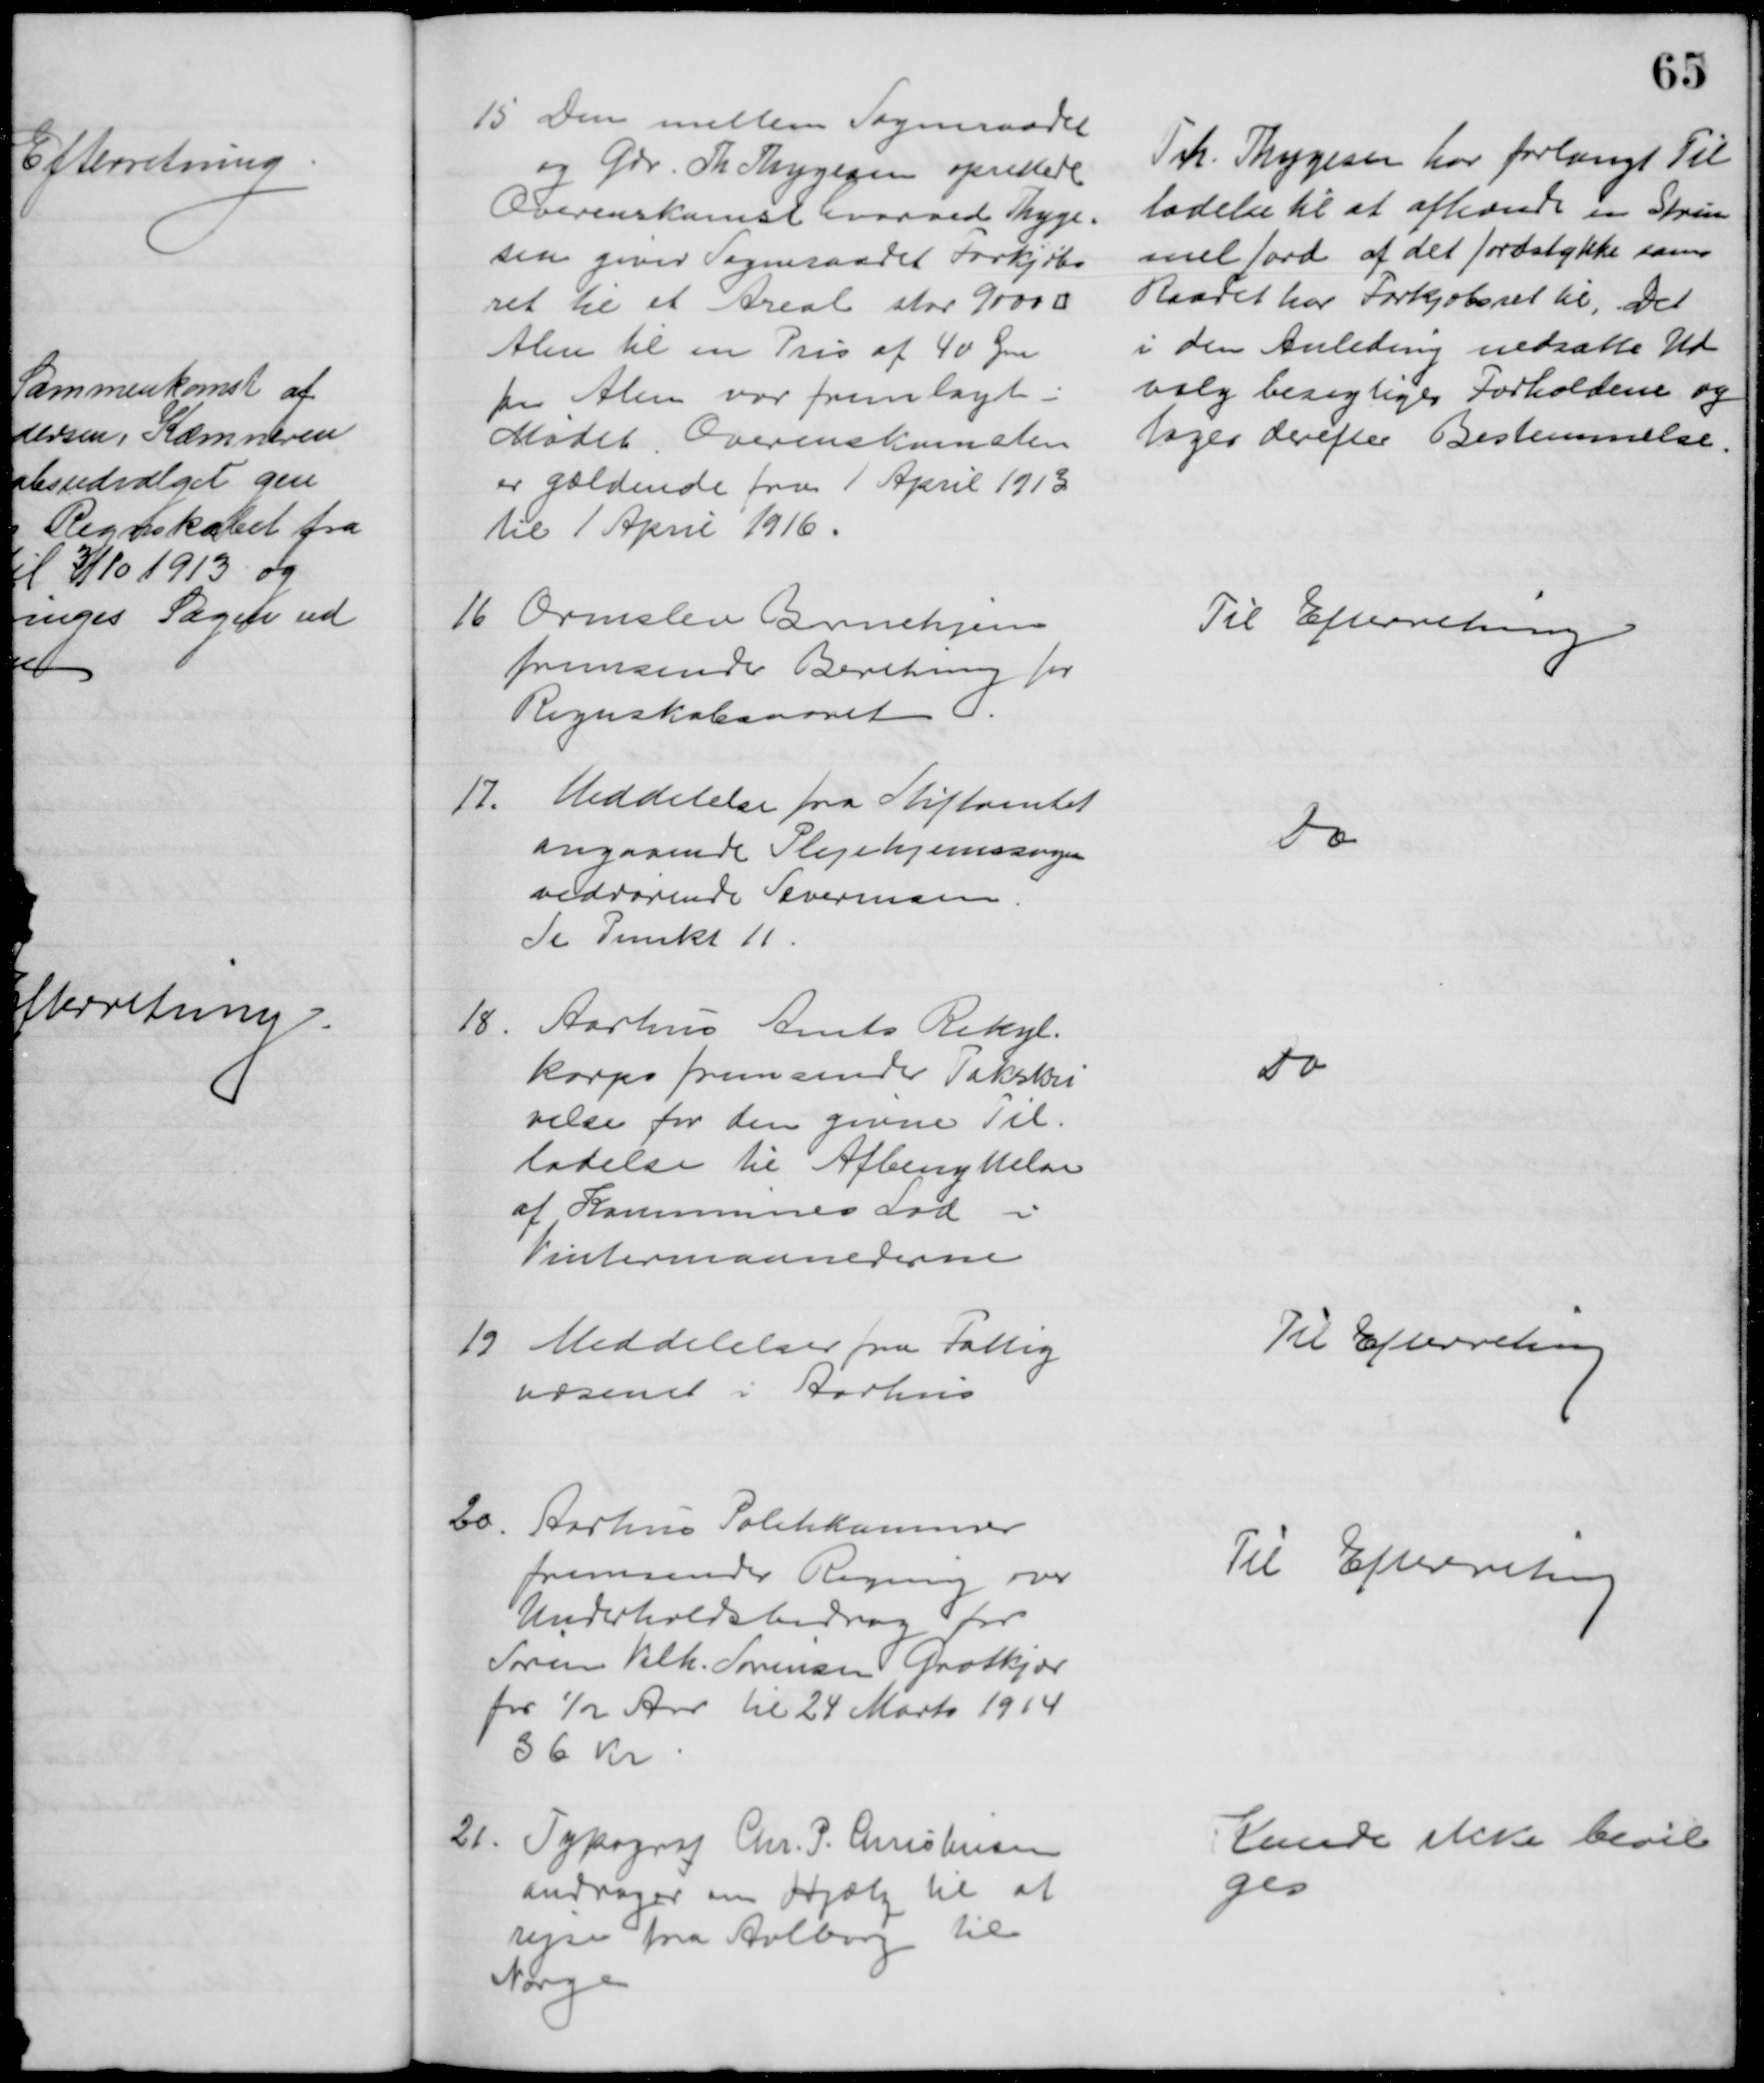
Transskription:
15 Den mellem Sogneraadet
og Gdr. Th. Thygesen oprettede
Overenskomst hvorved Thyge=
sen giver Sogneraadet Forkjøbs
ret til et Areal stor 9000 □
Alen til en Pris af 40 Øre
pr Alen var fremlagt i
Mødet. Overenskomsten
er gældende fra 1 April 1913
til 1 April 1916.
Th. Thygesen har forlangt Til
ladelse til at afhænde en Strim
mel Jord af det Jordstykke som 
Raadet har Forkjøbsret til. Det
i den Anledning nedsatte Ud
valg besigtiger Forholdene og 
tager derefter Bestemmelse.
16 Ormslev Børnehjem
fremsender Beretning for
Regnskabsaaret
Til Efterretning
17. Meddelelse fra Stiftamtet
angaaende Plejehjemssagen
vedrørende Severinsen
Se Punkt 11.
Do
18.
Aarhus Amts Rekyl-
korps fremsender Takskri
velse for den givne Til-
ladelse til Afbenyttelse
af Kommunes Lod i
Vintermaanederne
Do
19 Meddelelser fra Fattig
væsenet i Aarhus
Til Efterretning
20. Aarhus Politikammer
fremsender Regning over
Underholdsbidrag for
Søren Vilh. Sørensen Grotkjær
for ½ Aar til 24 Marts 1914
36 Kr
Til Efterretning
21. Typograf Chr. P. Christensen
andrager om Hjælp til at
rejse fra Aalborg til
Norge
Kunde ikke bevil
ges